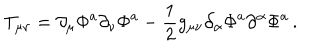
T _ { \mu \nu } = \partial _ { \mu } \Phi ^ { a } \partial _ { \nu } \Phi ^ { a } - { \frac { 1 } { 2 } } g _ { \mu \nu } \partial _ { \alpha } \Phi ^ { a } \partial ^ { \alpha } \Phi ^ { a } \, .